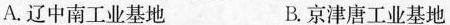
A.辽中南工业基地 B.京津唐工业基地